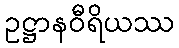
ဥဋ္ဌာနဝီရိယဿ